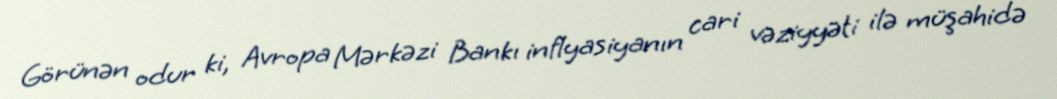
Görünən odur ki, Avropa Mərkəzi Bankı inflyasiyanın cari vəziyyəti ilə müşahidə